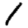
Digit: 1